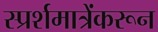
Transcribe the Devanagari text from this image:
स्प्रर्शमात्रेंकरून